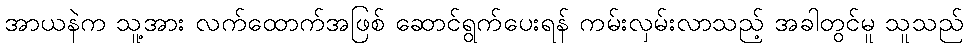
အာယနဲက သူ့အား လက်ထောက်အဖြစ် ဆောင်ရွက်ပေးရန် ကမ်းလှမ်းလာသည့် အခါတွင်မူ သူသည်